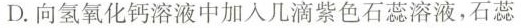
D.向氢氧化钙溶液中加入几滴紫色石蕊溶液，石蕊